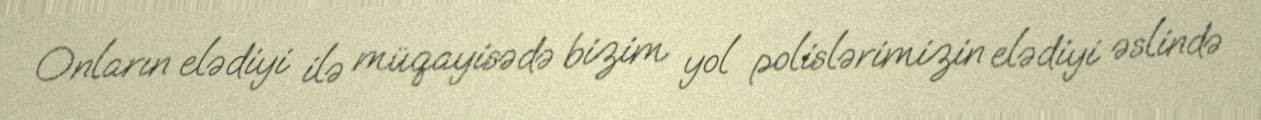
Onların elədiyi ilə müqayisədə bizim yol polislərimizin elədiyi əslində